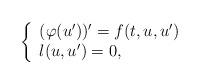
LaTeX: \begin{align*}\left\{\begin{array}{lll}(\varphi(u' ))' = f(t,u,u') & & \\l(u,u')=0, \end{array}\right.\end{align*}